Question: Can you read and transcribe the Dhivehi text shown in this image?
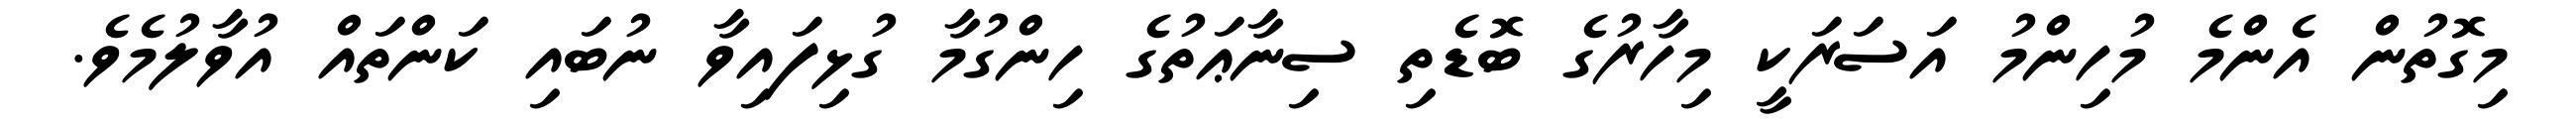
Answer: މިގޮތުން އެންމެ މުހިންމު އަސަރަކީ މިހާރުގެ ބޮޑެތި ސިނާޢަތުގެ ހިންގުމާ ގުޅިފައިވާ ނުބައި ކަންތައް އުވާލުމެވެ.